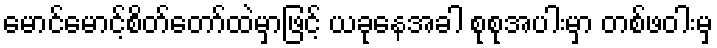
မောင်မောင့်စိတ်တော်ထဲမှာဖြင့် ယခုနေအခါ စုစုအပါးမှာ တစ်ဖဝါးမှ